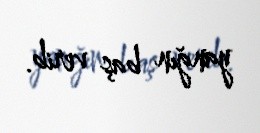
yanğın baş verib.